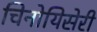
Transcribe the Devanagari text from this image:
चिनोयिसेरी